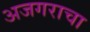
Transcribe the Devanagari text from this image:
अजगराचा